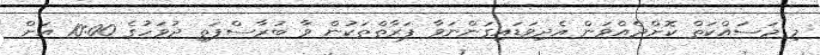
މި މަސައްކަތް ކޮށްދެއްވަން އެދިވަޑައިގަންނަވާ ފަރާތްތަކުން ވާ ބުރާސްފަތި ދުވަހުގެ 10:00 އަށް